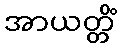
အာယတ္တိံ